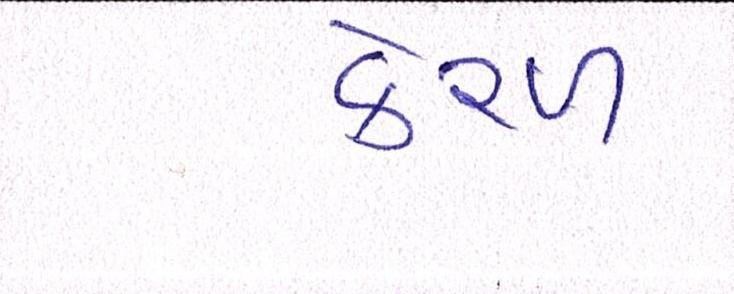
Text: કેરળ